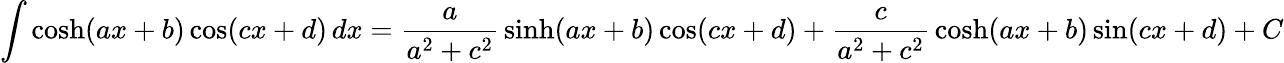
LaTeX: \int\cosh(ax+b)\cos(cx+d)\, dx={\frac{a}{a^{2}+c^{2}}}\sinh(ax+b)\cos(cx+d)+{\frac{c}{a^{2}+c^{2}}}\cosh(ax+b)\sin(cx+d)+C